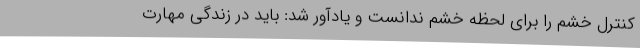
کنترل خشم را برای لحظه خشم ندانست و یادآور شد: باید در زندگی مهارت